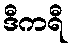
ဒီကရီ